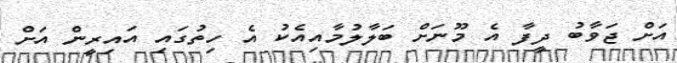
އަށް ޖަވާބު ދީފާ އެ މޫނަށް ބަލާލުމާއިއެކު އެ ހިތުގައި އައިރީން އަށް